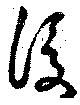
後